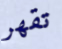
تقهر